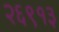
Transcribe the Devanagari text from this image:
२६९१३